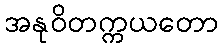
အနုဝိတက္ကယတော